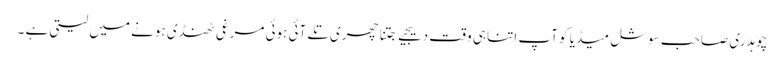
چوہدری صاحب سوشل میڈیا کو آپ اتنا ہی وقت دیجیے جتنا چھری تلے آئی ہوئی مرغی ٹھنڈی ہونے میں لیتی ہے ۔